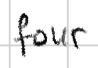
Text: four
Cross-out: clean
Writing tool: digital_black